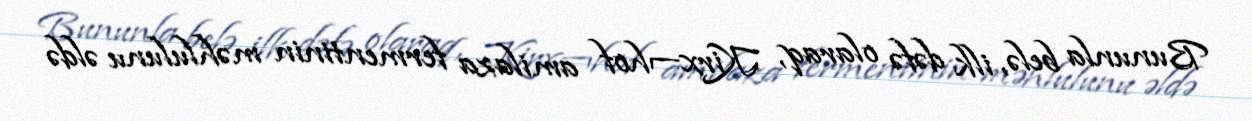
Bununla belə, ilk dəfə olaraq, Kirx¬hof amilaza fermentinin məhlulunu əldə